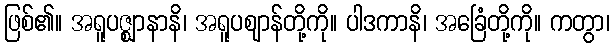
ဖြစ်၏။ အရူပဇ္ဈာနာနိ၊ အရူပဈာန်တို့ကို။ ပါဒကာနိ၊ အခြေံတို့ကို။ ကတွာ၊